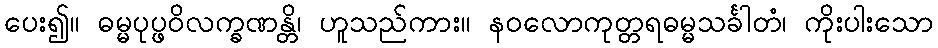
ပေး၍။ ဓမ္မပုပ္ဖဝိလက္ခဏန္တိ၊ ဟူသည်ကား။ နဝလောကုတ္တရဓမ္မသင်္ခါတံ၊ ကိုးပါးသော